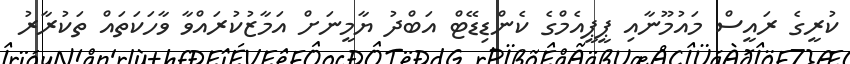
ކުރީގެ ރައީސް މައުމޫނާއި ޕީޕީއެމްގެ ކެންޑިޑޭޓް އަބްދު ޔާމީނަށް އަމާޒުކުރައްވާ ވާހަކަތައް ތަކުރާރު